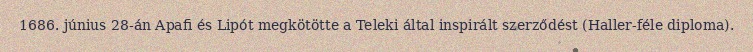
1686. június 28-án Apafi és Lipót megkötötte a Teleki által inspirált szerződést (Haller-féle diploma).